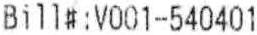
BILL#:V001-540401